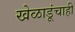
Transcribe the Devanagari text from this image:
खेळाडूंचाही